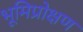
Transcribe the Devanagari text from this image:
भूमिप्रोक्षण